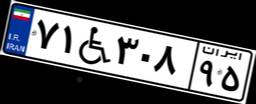
۷۹W۱۳۳۷۹